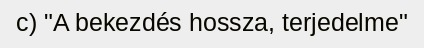
c) "A bekezdés hossza, terjedelme"